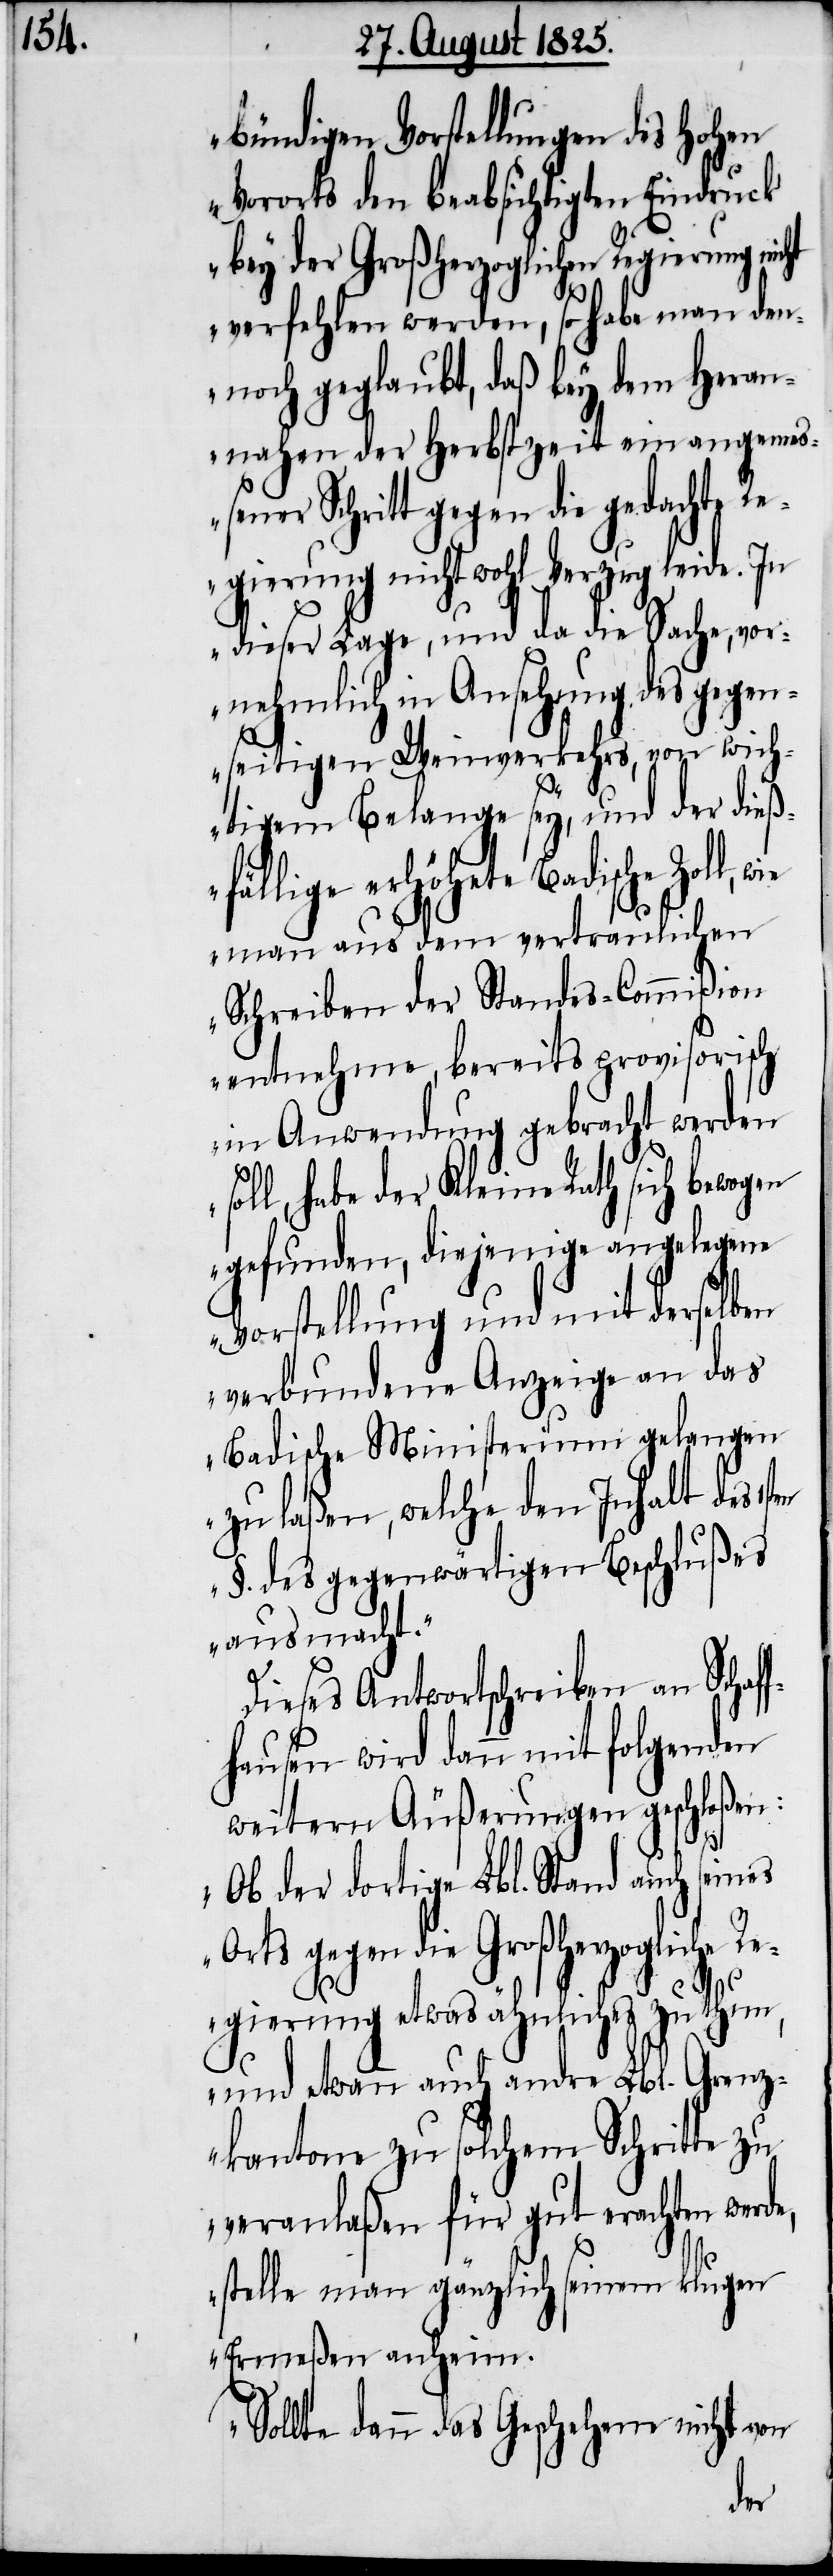
bündigen Vorstellungen des hohen
Vororts den beabsichtigten Eindruck
bey der Großherzoglichen Regierung
verfehlen werden, so habe man den¬
noch geglaubt, daß bey dem Heran¬
nahen der Herbstzeit ein angemess¬
ener Schritt gegen die gedachte
Regierung nicht wohl Verzug leide. In
dieser Lage, und da die Sache, vor¬
nehmlich in Ansehung des gegen¬
seitigen Weinverkehrs, von wich¬
tigem Belange sey, und der dieß¬
fällige erhöhete Badische Zoll,
man aus dem vertraulichen
Schreiben der Standes-Commißion
entnehme, bereits provisorisch
in Anwendung gebracht werden
ll, habe der Kleine Rath sich bewogen
gefunden, diejenige angelegene
badische Ministerium gelangen
zu laßen, welche den Inhalt des 1st¬
§. des gegenwärtigen Beschlußes
ausmacht“.
Dieses Antwortschreiben an Schaf¬
fhausen wird dann mit folgenden
weitern Äußerungen geschloßen:
„Ob der dortige Lbl. Stand auch seines
Orts gegen die Großherzogliche R¬
egierung etwas ähnliches zu thun,
und etwann auch andre Lbl. Grenz¬
kantone zu solchem Schritte zu
veranlaßen für gut erachten werde,
stelle man gänzlich seinem klugen
Ermeßen anheim.
Sollte dann das Geschehene nicht von
en